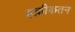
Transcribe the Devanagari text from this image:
हक़ीकतन